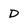
Character: D